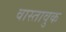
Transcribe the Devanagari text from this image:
वास्तावुक